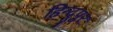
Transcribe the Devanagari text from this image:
हिन्दूपुर